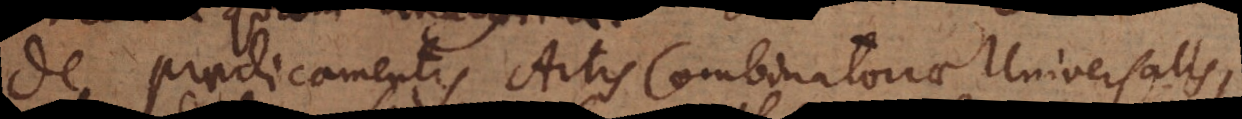
De praedicamentis Artis Combinatoriae Universalis,